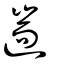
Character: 遄